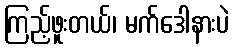
ကြည့်ဖူးတယ်၊ မက်ဒေါနားပဲ